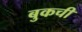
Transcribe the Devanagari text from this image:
बुकची